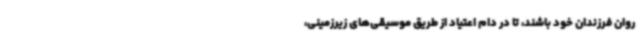
روان فرزندان خود باشند، تا در دام اعتیاد از طریق موسیقی‌های زیرزمینی،